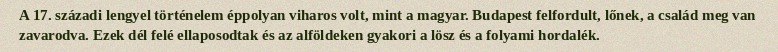
A 17. századi lengyel történelem éppolyan viharos volt, mint a magyar. Budapest felfordult, lőnek, a család meg van zavarodva. Ezek dél felé ellaposodtak és az alföldeken gyakori a lösz és a folyami hordalék.